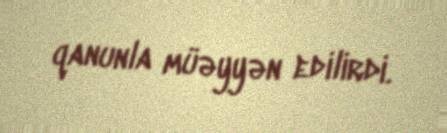
qanunla müəyyən edilirdi.